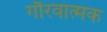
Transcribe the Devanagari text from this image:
गौरवात्मक